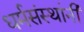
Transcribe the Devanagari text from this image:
धर्मसंस्थांनी